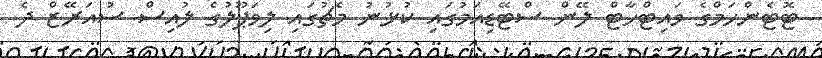
ޓޮޓެންހަމްގެ ވައިޓްހާޓް ލޭން ސްޓޭޑިއަމުގައި ކުޅުނު މެޗުގައި ލިވަޕޫލުގެ ލުއިސް ސުއަރޭޒް ދެ